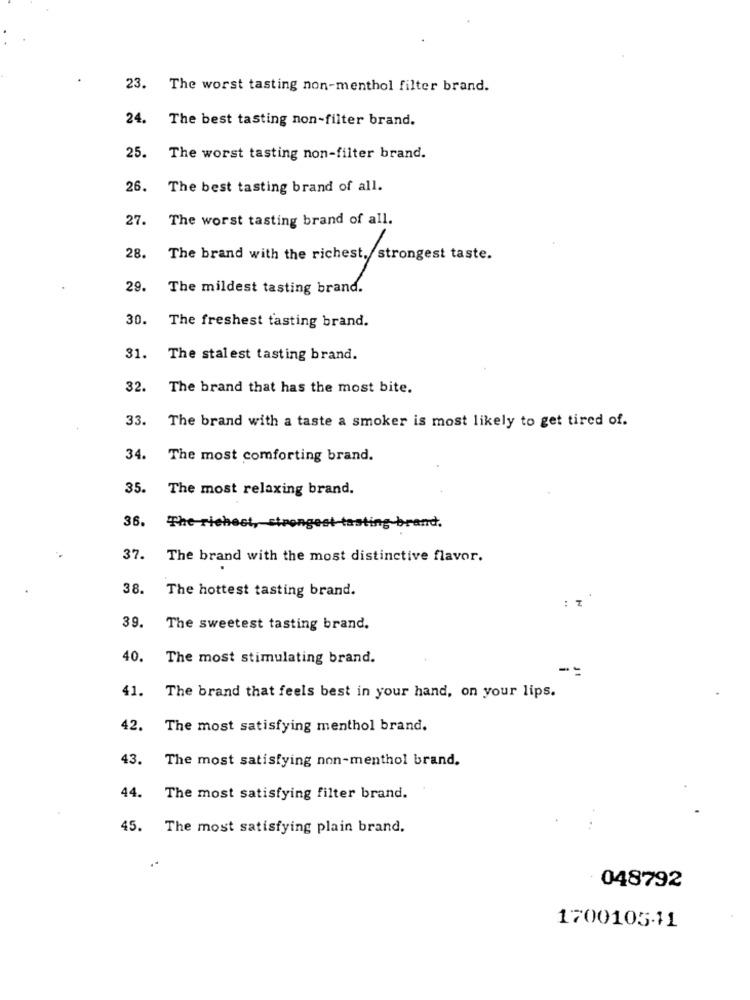
23.
The worst tasting non-menthol filter brand.
24.
The best tasting non-filter brand.
25.
The worst tasting non-filter brand.
26.
The best tasting brand of all.
27.
The worst tasting brand of all.
28.
The brand with the richest, strongest taste.
29.
The mildest tasting brand.
30.
The freshest tasting brand.
31.
The stalest tasting brand.
32.
The brand that has the most bite.
33.
The brand with a taste a smoker is most likely to get tired of.
34.
The most comforting brand.
35.
The most relaxing brand.
36.
The r
brand.
37.
The brand with the most distinctive flavor.
38.
The hottest tasting brand.
: 7
39.
The sweetest tasting brand.
40.
The most stimulating brand.
--
41.
The brand that feels best in your hand, on your lips.
42.
The most satisfying menthol brand.
43.
The most satisfying non-menthol brand.
44.
The most satisfying filter brand.
45.
The most satisfying plain brand.
048792
1700105-11